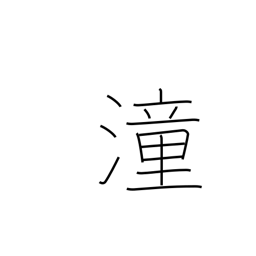
Meaning: high